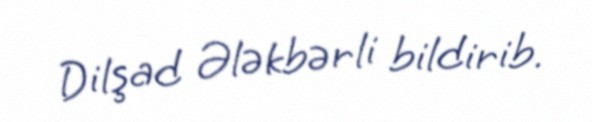
Dilşad Ələkbərli bildirib.